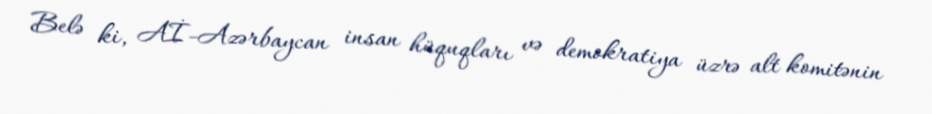
Belə ki, Aİ-Azərbaycan insan hüquqları və demokratiya üzrə alt komitənin